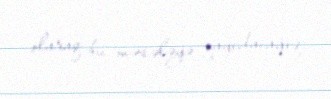
olaraq bu məsələyə qayıdacağıq.